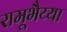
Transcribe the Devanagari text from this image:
रामूभैय्या